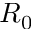
R _ { 0 }